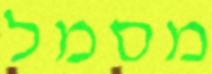
מסמל